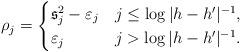
LaTeX: \begin{align*} \rho_j = \begin{cases} \mathfrak{s}_j^2 - \varepsilon_j & j \leq \log |h - h'|^{-1}, \\ \varepsilon_j & j > \log |h - h'|^{-1}. \end{cases}\end{align*}